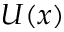
U ( x )